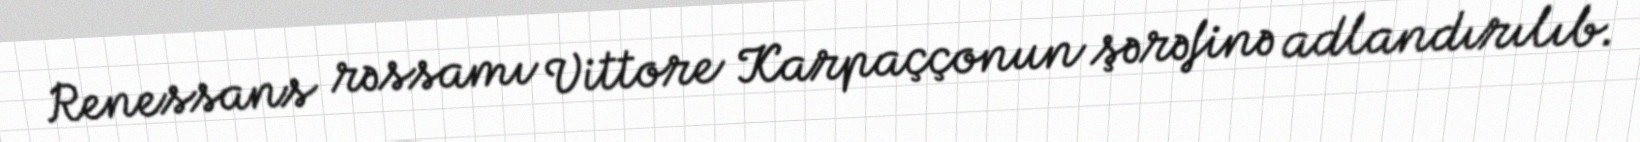
Renessans rəssamı Vittore Karpaççonun şərəfinə adlandırılıb.